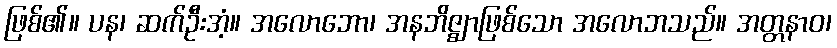
ဖြစ်၏။ ပန၊ ဆက်ဦးအံ့။ အလောဘော၊ အနဘိဇ္ဈာဖြစ်သော အလောဘသည်။ အတ္တနာဝ၊